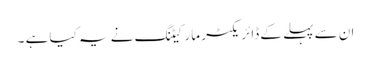
ان سے پہلے کے ڈائریکٹر مارکیٹنگ نے یہ کیا ہے ۔